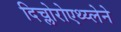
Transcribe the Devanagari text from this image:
दिच्लोरोएथ्य्लेने